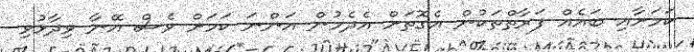
ކަމަށާއި ބައެއް ފަރާތްތަކުން އެގޮތަށް އެދެމުން އަންނަ ކަމަށް ވެސް އޭނާ ވިދާޅުވި